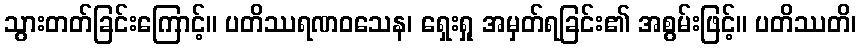
သွားတတ်ခြင်းကြောင့်။ ပတိဿရဏဝသေန၊ ရှေးရှု အမှတ်ရခြင်း၏ အစွမ်းဖြင့်။ ပတိဿတိ၊